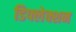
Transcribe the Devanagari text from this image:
डिफ्लेक्शन